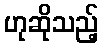
ဟုဆိုသည့်